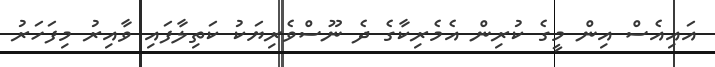
އައިއެސް އިން މީގެ ކުރިން އެމެރިކާގެ ދެ ނޫސްވެރިޔަކު ކަތިލާފައި ވާއިރު މިފަހަރު